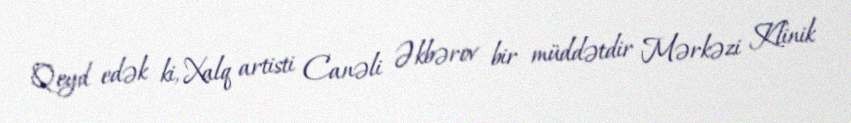
Qeyd edək ki, Xalq artisti Canəli Əkbərov bir müddətdir Mərkəzi Klinik